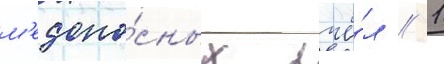
м'едоно́сных пчё́л / 1